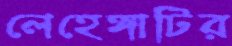
লেহেঙ্গাটির